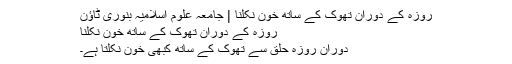
روزہ کے دوران تھوک کے ساتھ خون نکلنا | جامعہ علوم اسلامیہ بنوری ٹاؤن
روزہ کے دوران تھوک کے ساتھ خون نکلنا
دورانِ روزہ حلق سے تھوک کے ساتھ کبھی خون نکلتا ہے۔